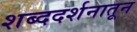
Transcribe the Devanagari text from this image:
शब्ददर्शनातून